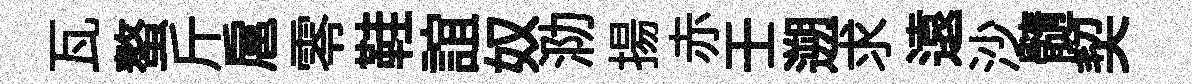
瓦螯斤扈零鞋誼奴泐揚赤壬遡求遠沙髓契